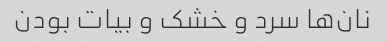
نان‌ها سرد و خشک و بیات بودن